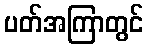
ပတ်အကြာတွင်